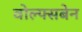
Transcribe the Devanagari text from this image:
वोल्फ्सबेन